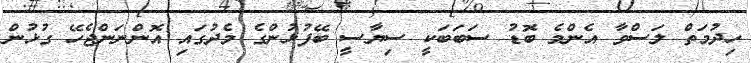
ހިދުމަތް ލަސްވާ އެންމެ ބޮޑު ސަބަބަކީ ސިޔާސީ ބޭފުޅުންގެ މެދުގައި އޮންނަންޖެހޭ ގުޅުން